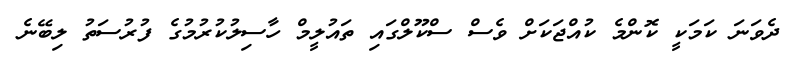
ދެވަނަ ކަމަކީ ކޮންމެ ކުއްޖަކަށް ވެސް ސްކޫލްގައި ތައުލީމް ހާސިލުކުރުމުގެ ފުރުސަތު ލިބޭނެ